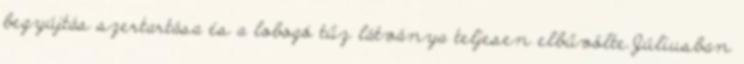
begyújtás szertartása és a lobogó tűz látványa teljesen elbűvölte.Júliusban